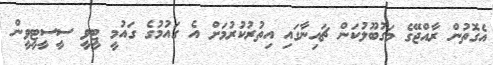
އެގޮތުން ރާއްޖޭގެ މަގުބޫލުކަން ޗައިނާގައި އިތުރުކުރުމަށް އެ ގައުމުގެ ގައުމީ ޓީވީ ސީސީޓީވީން